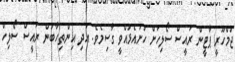
ޖުމްހޫރީ ޕާޓީން ރައީސް ސޯލިހަށް ހުށައެޅުއްވީ ގާސިމެވެ. އަދި އިންތިހާބުން ރައީސް ސޯލިހް